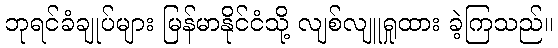
ဘုရင်ခံချုပ်များ မြန်မာနိုင်ငံသို့ လျစ်လျူရှုထား ခဲ့ကြသည်။